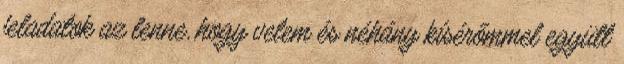
feladatok az lenne, hogy velem és néhány kísérőmmel együtt